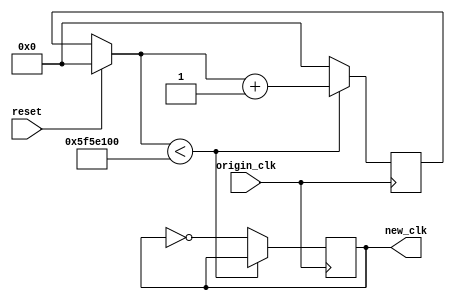
module ClkDivR_1s(
        input reset,
        input origin_clk,
        output new_clk
    );
    reg [27:0]clkdiv;
    reg [27:0]t1s = 28'd100000000;
    reg new_clk = 1'b0;
    initial clkdiv = 28'b0;
    always @(posedge origin_clk) begin
        if(reset) clkdiv = 0;
        if(clkdiv < t1s)
            clkdiv <= clkdiv+1;
        else begin
            clkdiv <= 28'b0;
            new_clk <= ~new_clk;
        end 
    end
endmodule